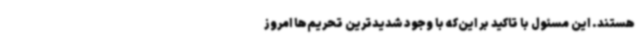
هستند. این مسئول با تاکید بر این‌که با وجود شدیدترین تحریم‌ها امروز